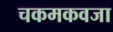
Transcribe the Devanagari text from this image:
चकमकवजा